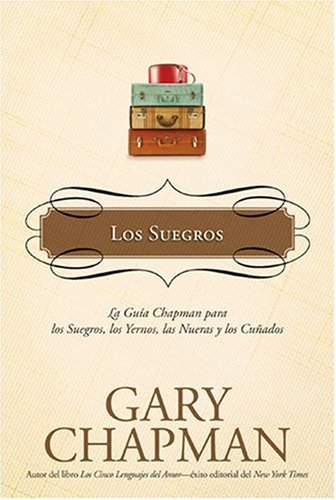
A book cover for Los Suegros: La guÃ­a Chapman para los suegros, los Yernos, las nueras y los cuÃ±ados (La GuÃ­as Chapman) (Spanish Edition); Gary Chapman; Parenting & Relationships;